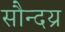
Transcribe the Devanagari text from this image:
सौन्दय्र